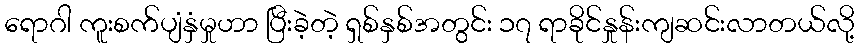
ရောဂါ ကူးစက်ပျံနှံမှုဟာ ပြီးခဲ့တဲ့ ရှစ်နှစ်အတွင်း ၁၇ ရာခိုင်နှုန်းကျဆင်းလာတယ်လို့